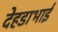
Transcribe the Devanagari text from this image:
देहडाभाई